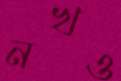
নখও